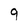
Character: 9